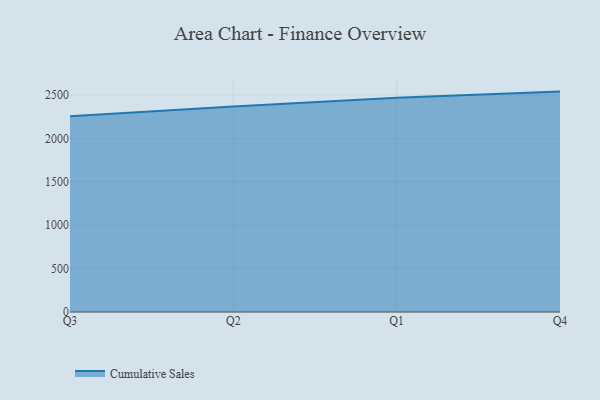
{"axis": {"x": "Quarter", "y": "Satisfaction Score"}, "legend": ["Cumulative Sales"], "data": [{"x": "Q3", "y": 2253.9, "type": "Cumulative Sales"}, {"x": "Q2", "y": 2367.2, "type": "Cumulative Sales"}, {"x": "Q1", "y": 2467.5, "type": "Cumulative Sales"}, {"x": "Q4", "y": 2538.5, "type": "Cumulative Sales"}]}